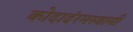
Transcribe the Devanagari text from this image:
कोदादंरमस्वामी